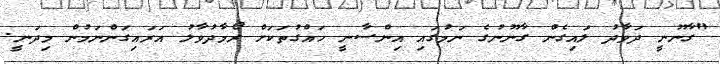
"ގާނޫނީ ދަވާދު ލައިގެން ގާނޫނުގެ ނަމުގައި އިންސާނީ ހައްގުތަކަށް ރޯމާދުވާލު އަރައިގަންނަމުން މިދަނީ.